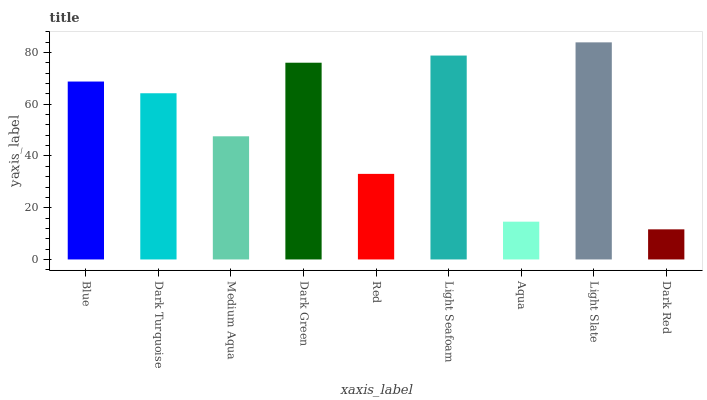
| xaxis_label | bars |
 | --- | --- |
 | Blue | 68.8 |
 | Dark Turquoise | 64.2 |
 | Medium Aqua | 47.6 |
 | Dark Green | 76 |
 | Red | 33.1 |
 | Light Seafoam | 78.8 |
 | Aqua | 14.6 |
 | Light Slate | 83.9 |
 | Dark Red | 11.6 |